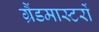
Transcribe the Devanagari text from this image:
ग्रैंडमास्टरों